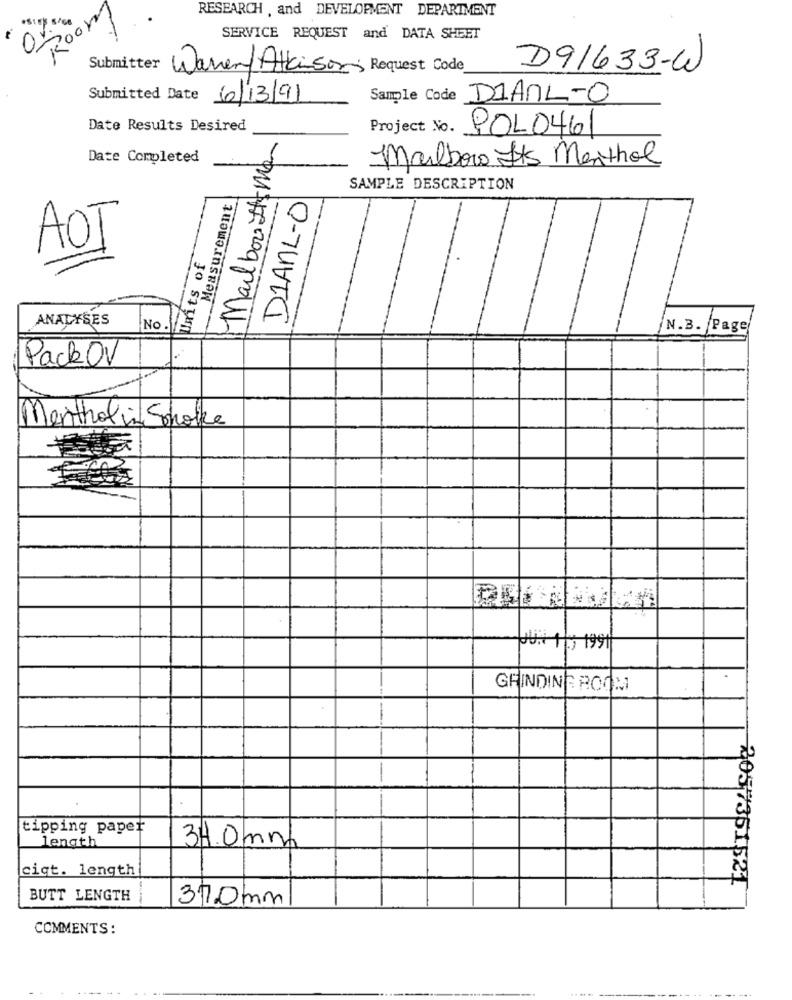
Room
RESEARCH , and DEVELOPMENT DEPARTMENT
0
SERVICE REQUEST and DATA SHEET
Submitter
Waren/Atkinson Request Code
D91633-W
Submitted Date 6/13/91
Sample Code DIANL-O
Date Results Desired
Mailbox It Man
Project No. POLO461
Date Completed
Marlboro Its Menthol
SAMPLE DESCRIPTION
Measurement
DIANL-O
AOT
Uits of
ANALYSES
No.
N.B. Page
PackOv
Menthol in Smoke
JU. 19, 199
-
GRINDING ROOM
tasIdeasob
tipping paper
length
34.0 mm
cigt. length|
BUTT LENGTH
37.0mm
COMMENTS: